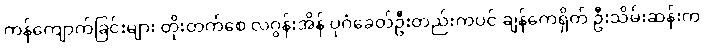
ကန်ကျောက်ခြင်းများ တိုးတက်စေ လဂွန်းအိန် ပုဂံခေတ်ဦးတည်းကပင် ချန်ကေရှိတ် ဦးသိမ်းဆန်းက